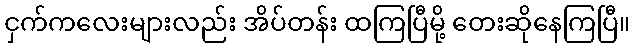
ငှက်ကလေးများလည်း အိပ်တန်း ထကြပြီမို့ တေးဆိုနေကြပြီ။